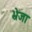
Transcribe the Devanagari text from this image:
भ्रेजा